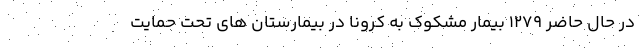
در حال حاضر ۱۲۷۹ بیمار مشکوک به کرونا در بیمارستان های تحت حمایت